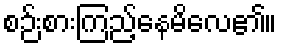
စဉ်းစားကြည့်နေမိလေ၏။